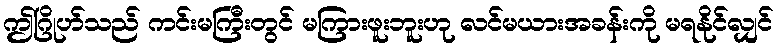
ဤဂြိုဟ်သည် ကင်းမကြီးတွင် မကြားဖူးဘူးဟု လင်မယားအခန်းကို မရနိုင်လျှင်